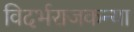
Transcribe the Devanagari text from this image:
विदर्भराजकन्या